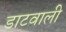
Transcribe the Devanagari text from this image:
डाटवाली